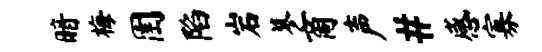
暗梅圉陷岩蓼商声#感寡